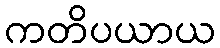
ကတိပယာယ